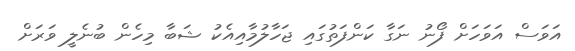
އަވަސް އަވަހަށް ފޯނު ނަގާ ކަންފަތުގައި ޖަހާލުމާއިއެކު ޝަބާ މިހެން ބުނެލީ ވަރަށް